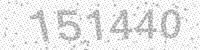
Solution: 151440